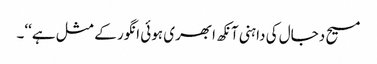
مسیح دجال کی داہنی آنکھ ابھری ہوئی انگور کے مثل ہے‘‘۔